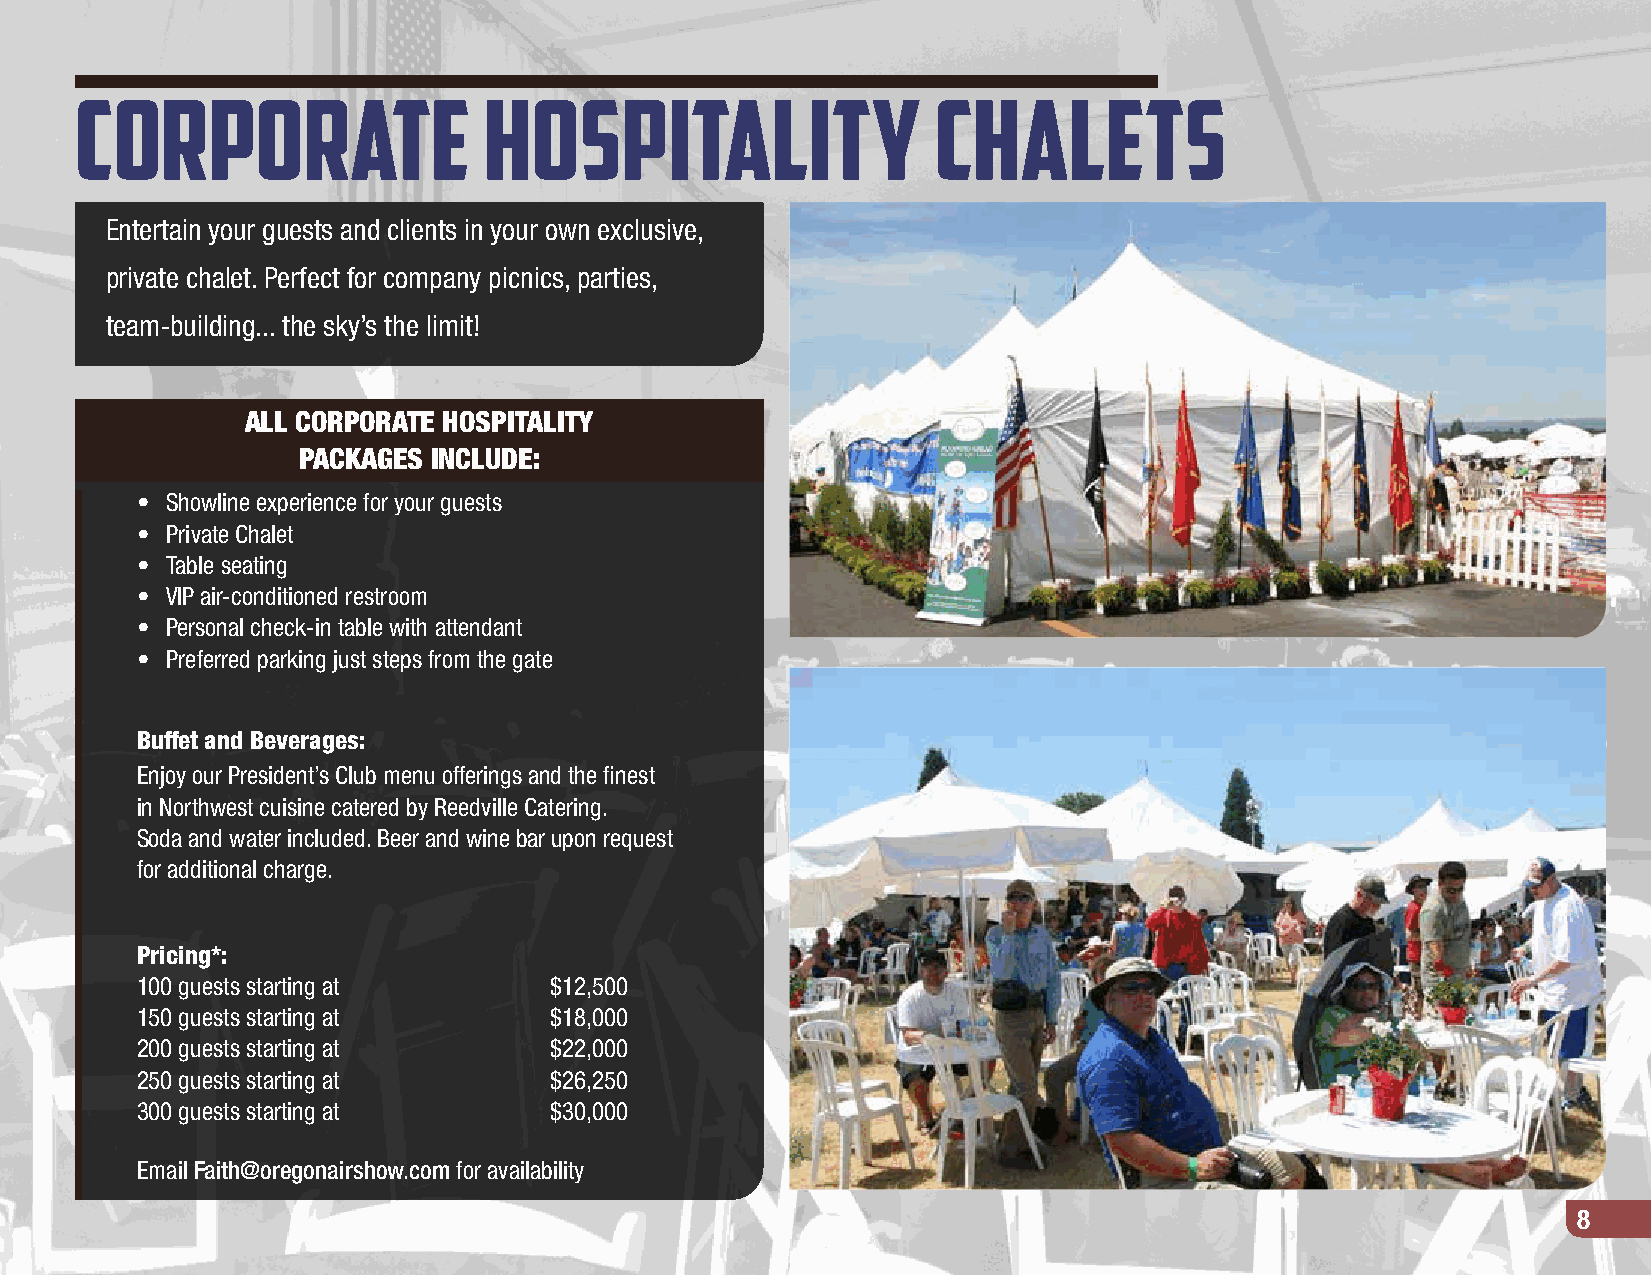
Corporate                  Hospitality                   Chalets
 Entertain your guests and clients in your own exclusive,
 private chalet. Perfect for company picnics, parties,
 team-building... the sky’s the limit!
 ALL CORPORATE HOSPITALITY
 PACKAGES INCLUDE:
 • Showline experience for your guests
 • Private Chalet
 • Table seating
 • VIP air-conditioned restroom
 • Personal check-in table with attendant
 • Preferred parking just steps from the gate
 Buffet and Beverages:
 Enjoy our President’s Club menu offerings and the finest
 in Northwest cuisine catered by Reedville Catering.
 Soda and water included. Beer and wine bar upon request
 for additional charge.
 Pricing*:
 100 guests starting at     $12,500
 150 guests starting at     $18,000
 200 guests starting at     $22,000
 250 guests starting at     $26,250
 300 guests starting at     $30,000
 Email Faith@oregonairshow.com for availability
 8